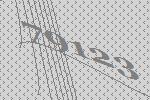
79123